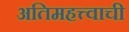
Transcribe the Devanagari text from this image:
अतिमहत्त्वाची